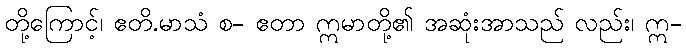
တို့ကြောင့်၊ ဧတိ.မာသံ စ- ဧတာ ဣမာတို့၏ အဆုံးအာသည် လည်း၊ ဣ-